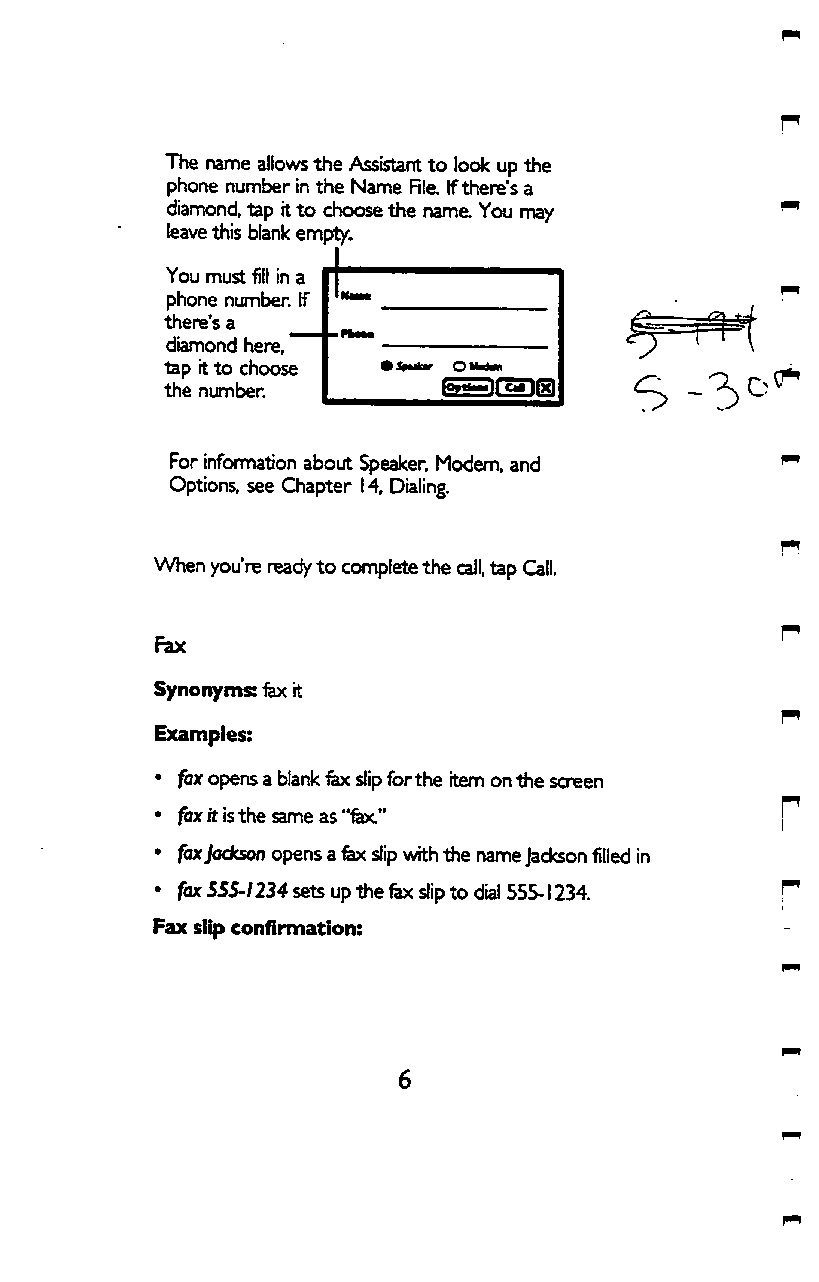
The name allows the Assistant to look up the
 phone number in the Name File, If there's a
 diamond, tap rt to choose the name. You may
 leave this blank empty.
 You must fill in a
 phone number. If
 there's a ^
 diamond here,
 tap ft to choose
 the number.       io»ti^lfc3nf51
 For infomnation about Speaker. Modem, and
 Options, see Chapter 14, Dialing.
 When you're ready to complete the call, tap Call.
 Synonyms: fax it
 Examples:
 • fax opens a blank fex slip for the item on the screen
 • ft is the same as "fex."
 • fax Jackson opens a fax slip with the name Jackson filled in
 • fax S5S'I234 sets up the fex slip to dial 555-1234.
 Fax slip confirmation:
 6